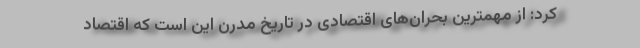
کرد: از مهمترین بحران‌های اقتصادی در تاریخ مدرن این است که اقتصاد